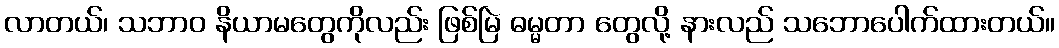
လာတယ်၊ သဘာဝ နိယာမတွေကိုလည်း ဖြစ်မြဲ ဓမ္မတာ တွေလို့ နားလည် သဘောပေါက်ထားတယ်။